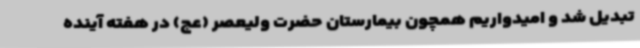
تبدیل شد و امیدواریم همچون بیمارستان حضرت ولیعصر (عج) در هفته آینده